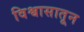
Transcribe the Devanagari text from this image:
विश्वासातून